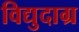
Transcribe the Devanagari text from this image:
विद्युदाग्र